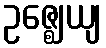
ဥဇ္ဈေယျ